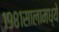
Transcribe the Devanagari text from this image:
१९८१सालामध्ये